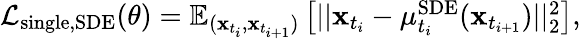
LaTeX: \begin{array}{r}{\mathcal{L}_{\mathrm{single,SDE}}(\theta)=\mathbb{E}_{(\mathbf{x}_{t_{i}},\mathbf{x}_{t_{i+1}})}\left[||\mathbf{x}_{t_{i}}-\mu_{t_{i}}^{\mathrm{SDE}}(\mathbf{x}_{t_{i+1}})||_{2}^{2}\right],}\end{array}